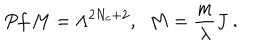
LaTeX: P f \, M = \Lambda ^ { 2 N _ { c } + 2 } , \; \; M = \frac { m } { \lambda } J \ .